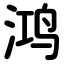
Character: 鸿